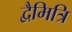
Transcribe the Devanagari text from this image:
द्वैमित्रि